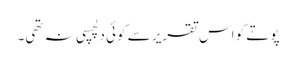
پوتے کو اس تقریر سے کوئی دلچسپی نہ تھی۔